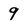
Character: 9